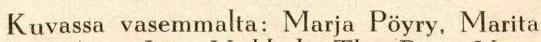
Kuvassa vasemmalta: Marja Pöyry, Marita